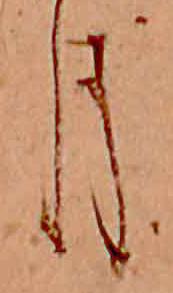
月